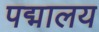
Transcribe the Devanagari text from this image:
पद्मालय